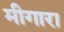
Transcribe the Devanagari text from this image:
मीगारा